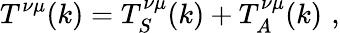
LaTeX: T^{\nu\mu}(k)=T_{S}^{\nu\mu}(k)+T_{A}^{\nu\mu}(k)\, \, ,